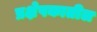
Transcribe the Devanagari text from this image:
प्रक्षेपकातील